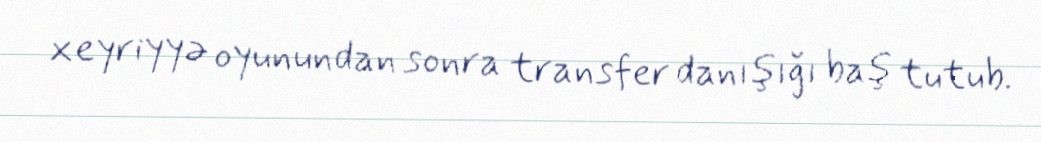
xeyriyyə oyunundan sonra transfer danışığı baş tutub.